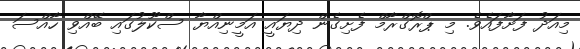
މިއަދު ފަށާފައެވެ. މި ޕްރޮގްރާމް ފެށިގެން ދިޔައީ އަމީނިއްޔާ ސްކޫލުގައި ބޭއްވި ހާއްސަ